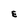
Character: E